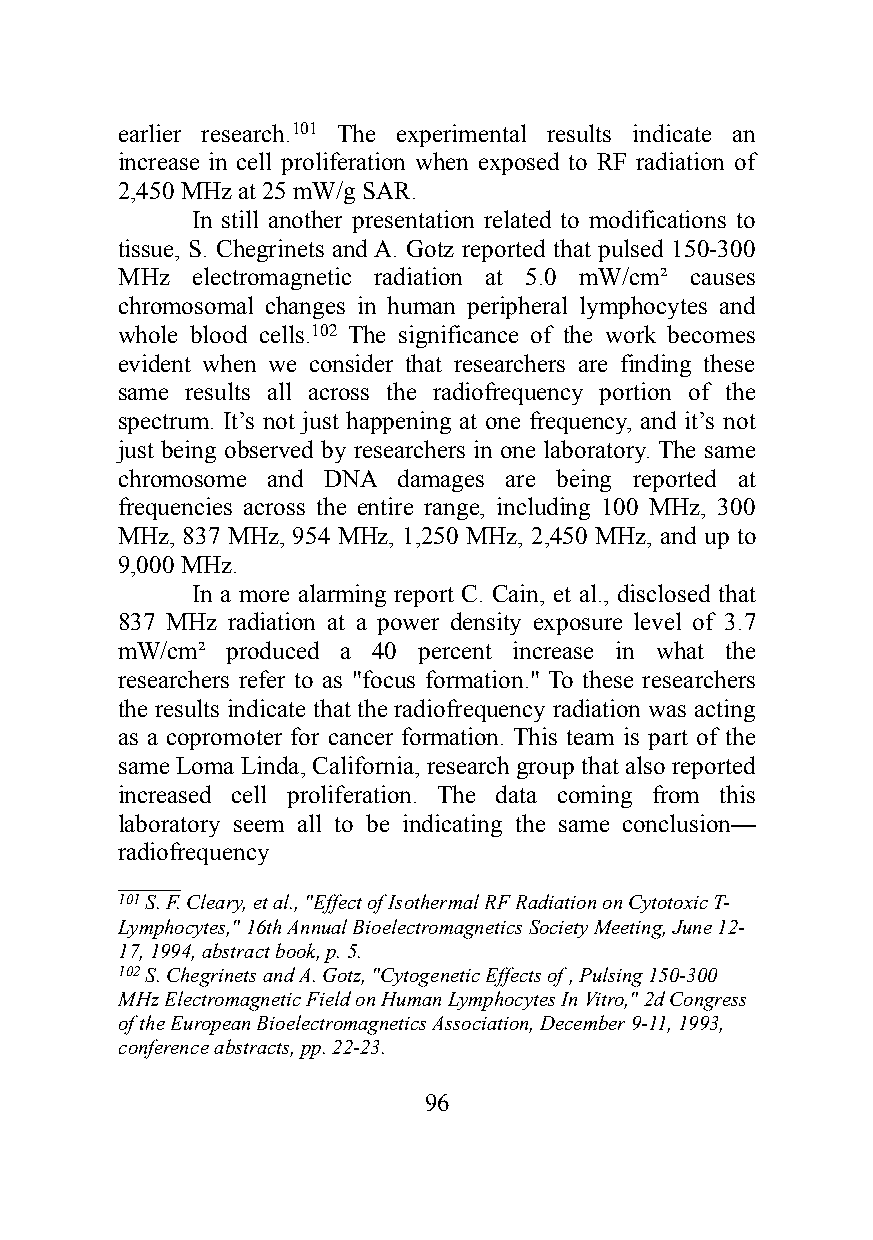
earlier research.101 The experimental results indicate an
 increase in cell proliferation when exposed to RF radiation of
 2,450 MHz at 25 mW/g SAR.
 In still another presentation related to modifications to
 tissue, S. Chegrinets and A. Gotz reported that pulsed 150-300
 MHz  electromagnetic radiation at 5.0 mW/cm² causes
 chromosomal changes in human peripheral lymphocytes and
 whole blood cells.102 The significance of the work becomes
 evident when we consider that researchers are finding these
 same results all across the radiofrequency portion of the
 spectrum. It’s not just happening at one frequency, and it’s not
 just being observed by researchers in one laboratory. The same
 chromosome and DNA damages are being reported at
 frequencies across the entire range, including 100 MHz, 300
 MHz, 837 MHz, 954 MHz, 1,250 MHz, 2,450 MHz, and up to
 9,000 MHz.
 In a more alarming report C. Cain, et al., disclosed that
 837 MHz radiation at a power density exposure level of 3.7
 mW/cm² produced a 40 percent increase in what the
 researchers refer to as "focus formation." To these researchers
 the results indicate that the radiofrequency radiation was acting
 as a copromoter for cancer formation. This team is part of the
 same Loma Linda, California, research group that also reported
 increased cell proliferation. The data coming from this
 laboratory seem all to be indicating the same conclusion—
 radiofrequency
 ______
 101 S. F. Cleary, et al., "Effect of Isothermal RF Radiation on Cytotoxic T-
 Lymphocytes," 16th Annual Bioelectromagnetics Society Meeting, June 12-
 17, 1994, abstract book, p. 5.
 102 S. Chegrinets and A. Gotz, "Cytogenetic Effects of , Pulsing 150-300
 MHz Electromagnetic Field on Human Lymphocytes In Vitro," 2d Congress
 of the European Bioelectromagnetics Association, December 9-11, 1993,
 conference abstracts, pp. 22-23.
 96